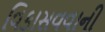
વિકાસવવાની